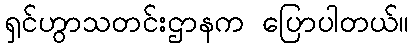
ရှင်ဟွာသတင်းဌာနက ပြောပါတယ်။